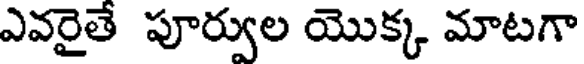
ఎవరైతే పూర్వుల యొక్క మాటగా